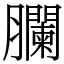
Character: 䑌